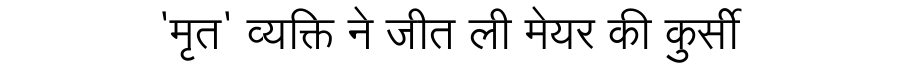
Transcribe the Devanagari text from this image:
'मृत' व्यक्ति ने जीत ली मेयर की कुर्सी